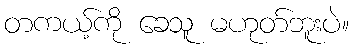
တကယ့်ကို ခေသူ မဟုတ်ဘူးပဲ။